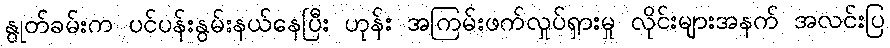
နွုတ်ခမ်းက ပင်ပန်းနွမ်းနယ်နေပြီး ဟုန်း အကြမ်းဖက်လှုပ်ရှားမှု လိုင်းများအနက် အလင်းပြ